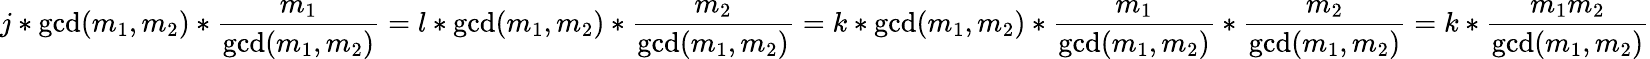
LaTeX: j*\operatorname*{gcd}(m_{1},m_{2})*\frac{m_{1}}{\operatorname*{gcd}(m_{1},m_{2})}=l*\operatorname*{gcd}(m_{1},m_{2})*\frac{m_{2}}{\operatorname*{gcd}(m_{1},m_{2})}=k*\operatorname*{gcd}(m_{1},m_{2})*\frac{m_{1}}{\operatorname*{gcd}(m_{1},m_{2})}*\frac{m_{2}}{\operatorname*{gcd}(m_{1},m_{2})}=k*\frac{m_{1}m_{2}}{\operatorname*{gcd}(m_{1},m_{2})}